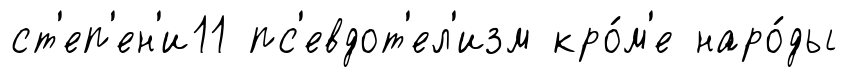
ст'еп'ен'и11 пс'евдот'ел'изм кро́м'е наро́ды